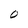
Character: 0